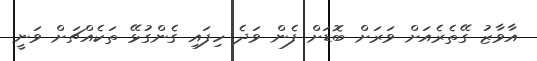
އާވާޒު ގޭތެރެއަށް ވަރަށް ބޮޑަށް ފެން ވަދެ ހިފައި ގެންގުޅޭ ތަކެއްޗަށް ވަނީ